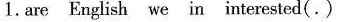
1.are English we in interested(.)